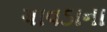
ચાવડાના